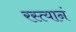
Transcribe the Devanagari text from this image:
रस्त्यानं